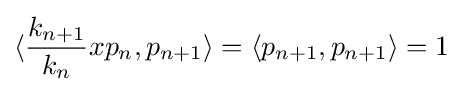
\langle {\frac {k_{n+1}}{k_{n}}}xp_{n},p_{n+1}\rangle =\langle p_{n+1},p_{n+1}\rangle =1